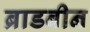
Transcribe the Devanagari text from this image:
ब्राडबीन